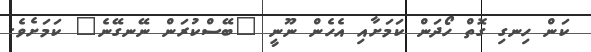
ކަން ހިނގި ގޮތް ހޯދަން ކަމަށާއި އެހެން ނޫނީ "ބޭސްކުރަން ނޭނގޭނެ" ކަމަށެވެ.